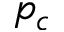
p _ { c }